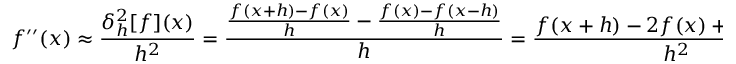
f ^ { \prime \prime } ( x ) \approx { \frac { \delta _ { h } ^ { 2 } [ f ] ( x ) } { h ^ { 2 } } } = { \frac { { \frac { f ( x + h ) - f ( x ) } { h } } - { \frac { f ( x ) - f ( x - h ) } { h } } } { h } } = { \frac { f ( x + h ) - 2 f ( x ) + f ( x - h ) } { h ^ { 2 } } } .